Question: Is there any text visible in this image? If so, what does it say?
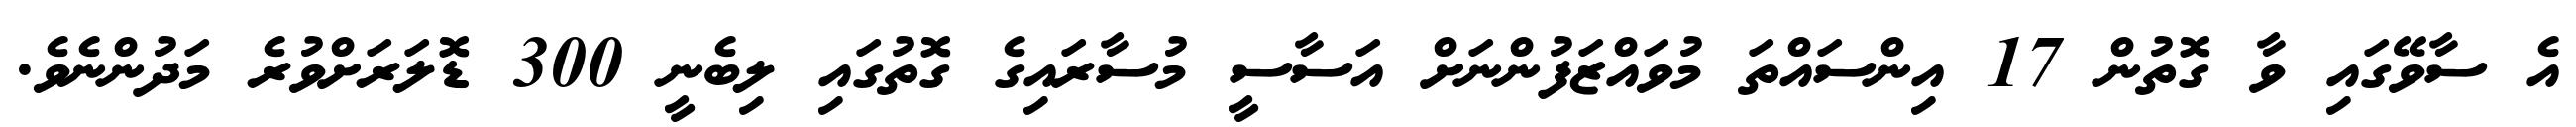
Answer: އެ ސާވޭގައި ވާ ގޮތުން 17 އިންސައްތަ މުވައްޒަފުންނަށް އަސާސީ މުސާރައިގެ ގޮތުގައި ލިބެނީ 300 ޑޮލަރަށްވުރެ މަދުންނެވެ.